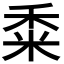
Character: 𥞫